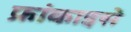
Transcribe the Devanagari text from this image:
फ्रांकाइसे